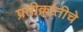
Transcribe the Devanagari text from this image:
प्रतीक्रांतीचे